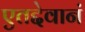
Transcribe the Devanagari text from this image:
एतद्देवानं